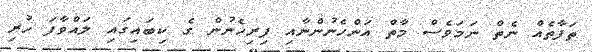
ތަފާތެއް ނެތް ނަމަވެސް މާތް އަންހެނުންނާއި ފިރިހެނުން ގެ ކިބައިގައި ލައްވާފަ ހުރި